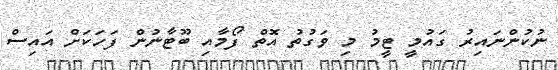
ނުކުންނައިރު ގައުމީ ޓީމު މި ވަގުތު އޮތް ފޯމާއި ބޫޓާނުން ފަހަކަށް އައިސް